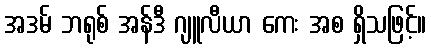
အဒမ် ဘရုစ် အန်ဒီ ဂျူလီယာ ကေး အစ ရှိသဖြင့်။